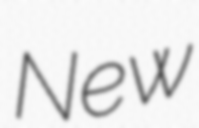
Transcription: New